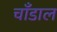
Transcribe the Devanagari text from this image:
चाँडाल